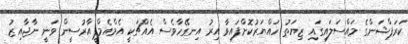
ކަރަޕްޝަންގެ މައްސަލައިގައި ޒިޔަތު ހައްޔަރުކޮށްފައިވާ އިރު އިނގޭހާވެސް އެއްޗަކީ އެމްއެމްޕީއާރުސީން ވަނީ ނާޖާއިޒު